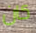
كان